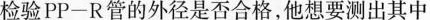
检验PP-R管的外径是否合格，他想要测出其中